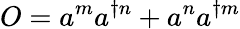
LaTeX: O=a^{m}a^{\dagger n}+a^{n}a^{\dagger m}